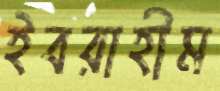
ইবরাহীম